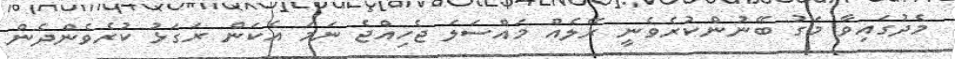
މެދުގައިވާ މަގު ބޭނުންކުރެވެނީ ރޭލެއް މައްސަލަ ޖެހިއްޖެ ނަމަ އެކަން ރަގަޅު ކުރެވެންދެން